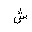
Letter: _shin